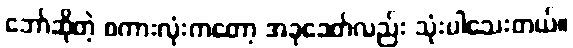
ဘော်ဆိုတဲ့ စကားလုံးကတော့ အခုခေတ်လည်း သုံးပါသေးတယ်။